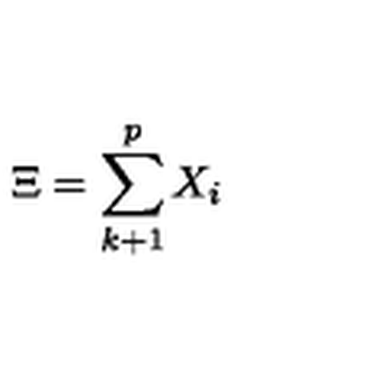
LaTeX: \Xi = \sum _ { k + 1 } ^ { p } X _ { i }